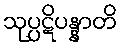
သုပ္ပဋိပန္နာတိ